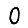
Digit: 0